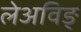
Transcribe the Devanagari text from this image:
लेअविङ्